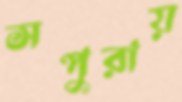
সপুরায়